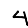
Digit: 4